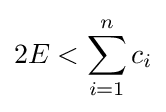
2E<\sum _{i=1}^{n}c_{i}